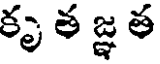
కృ త జ్ఞ త